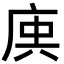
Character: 𢈮